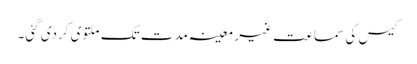
کیس کی سماعت غیر معینہ مدت تک ملتوی کردی گئی۔